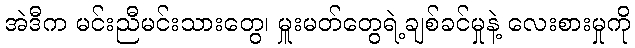
အဲဒီက မင်းညီမင်းသားတွေ၊ မှူးမတ်တွေရဲ့ချစ်ခင်မှုနဲ့ လေးစားမှုကို